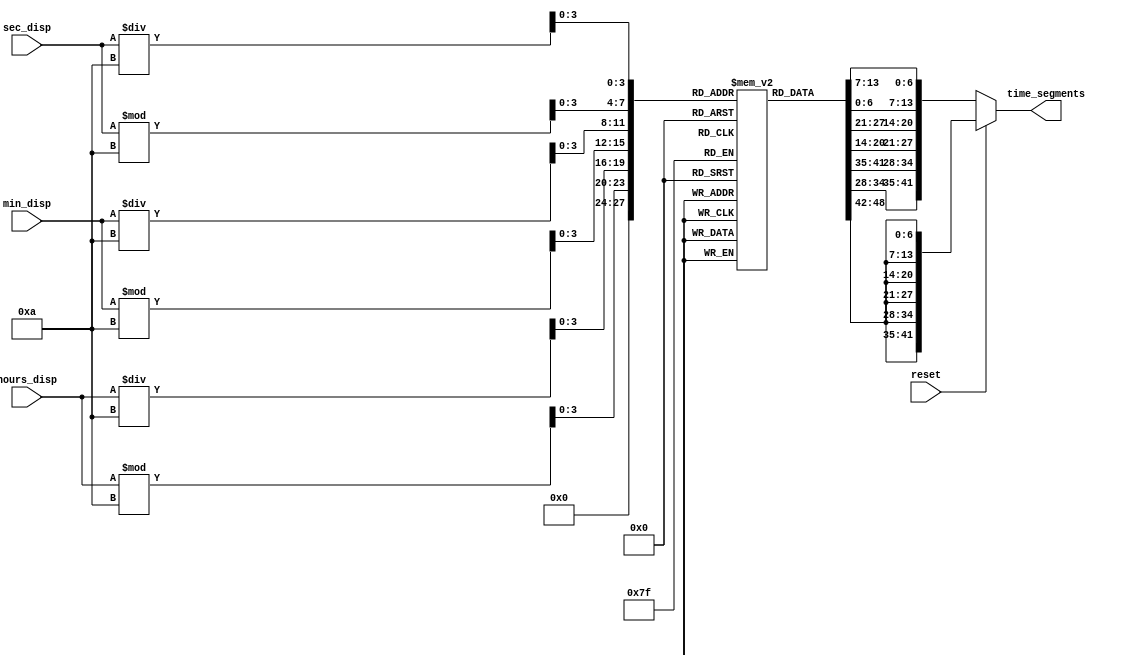
`timescale 1ns / 1ps

module seven_segment(
input wire reset,
input wire [7:0] hours_disp,
input wire [7:0] min_disp,
input wire [7:0] sec_disp,
output reg [41:0] time_segments
);
    
reg [6:0] seven_seg [9:0];

initial begin
    seven_seg[0] = 7'b1000000; 
    seven_seg[1] = 7'b1111001; 
    seven_seg[2] = 7'b0100100; 
    seven_seg[3] = 7'b0110000; 
    seven_seg[4] = 7'b0011001; 
    seven_seg[5] = 7'b0010010;
    seven_seg[6] = 7'b0000010; 
    seven_seg[7] = 7'b1111000; 
    seven_seg[8] = 7'b0000000; 
    seven_seg[9] = 7'b0010000; 
    end
    
always @(*) begin
    if (reset) begin
        time_segments = {seven_seg[0], seven_seg[0], seven_seg[0], seven_seg[0], seven_seg[0], seven_seg[0]};
        end 
    else begin
    time_segments = {seven_seg[hours_disp / 10], seven_seg[hours_disp % 10], 
    seven_seg[min_disp / 10], seven_seg[min_disp % 10], 
    seven_seg[sec_disp / 10], seven_seg[sec_disp % 10]};
        end
    end
endmodule